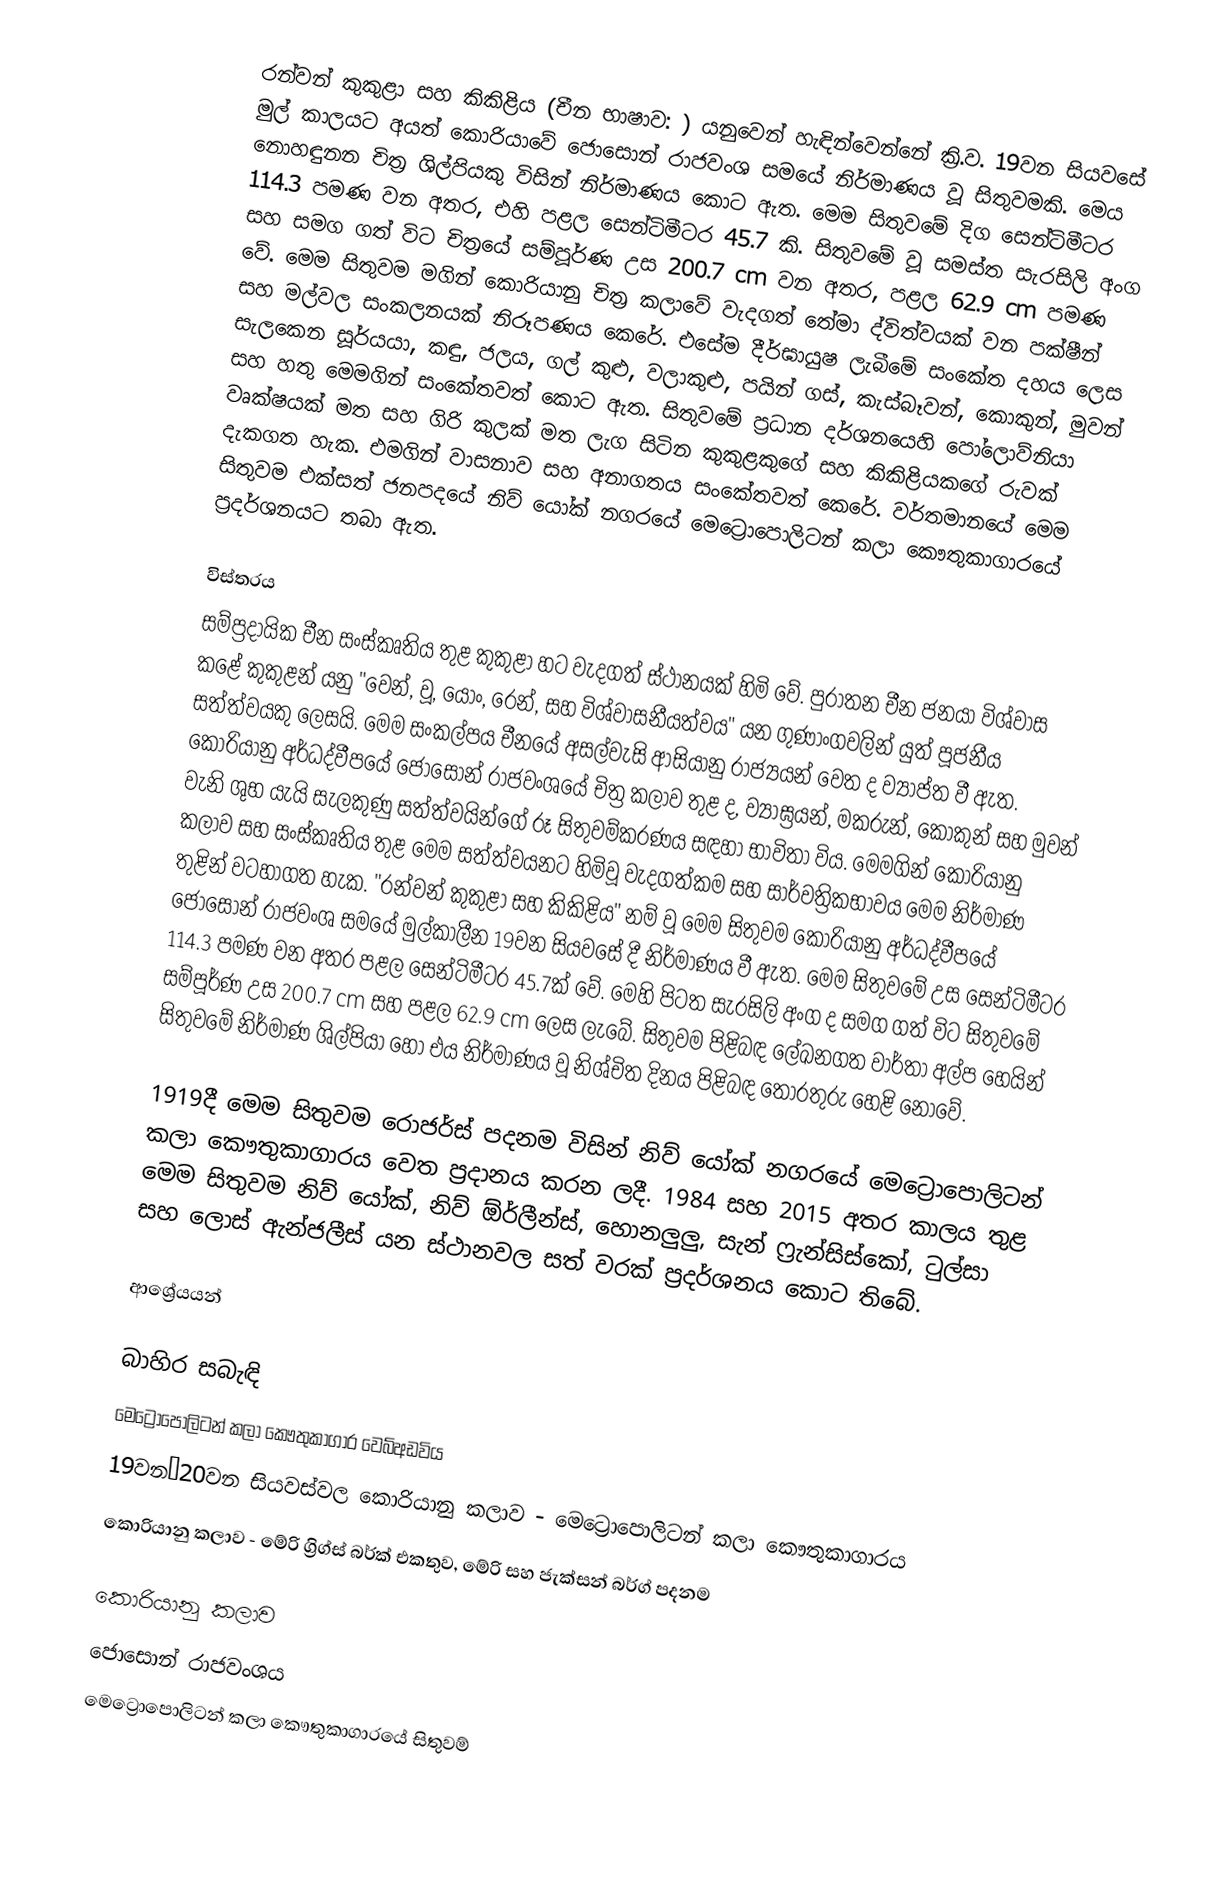
රන්වන් කුකුළා සහ කිකිළිය (චීන භාෂාව: ) යනුවෙන් හැඳින්වෙන්නේ ක්‍රි.ව. 19වන සියවසේ මුල් කාලයට අයත් කොරියාවේ ජොසොන් රාජවංශ සමයේ නිර්මාණය වූ සිතුවමකි. මෙය නොහඳුනන චිත්‍ර ශිල්පියකු විසින් නිර්මාණය කොට ඇත. මෙම සිතුවමේ දිග සෙන්ටිමීටර 114.3 පමණ වන අතර, එහි පළල සෙන්ටිමීටර 45.7 කි. සිතුවමේ වූ සමස්ත සැරසිලි අංග සහ සමග ගත් විට චිත්‍රයේ සම්පූර්ණ උස 200.7 cm වන අතර, පළල 62.9 cm පමණ වේ. මෙම සිතුවම මගින් කොරියානු චිත්‍ර කලාවේ වැදගත් තේමා ද්විත්වයක් වන පක්ෂීන් සහ මල්වල සංකලනයක් නිරූපණය කෙරේ. එසේම දීර්ඝායුෂ ලැබීමේ සංකේත දහය ලෙස සැලකෙන සූර්යයා, කඳු, ජලය, ගල් කුළු, වලාකුළු, පයින් ගස්, කැස්බෑවන්, කොකුන්, මුවන් සහ හතු මෙමගින් සංකේතවත් කොට ඇත. සිතුවමේ ප්‍රධාන දර්ශනයෙහි පෝලොව්නියා වෘක්ෂයක් මත සහ ගිරි කුලක් මත ලැග සිටින කුකුළකුගේ සහ කිකිළියකගේ රුවක් දැකගත හැක. එමගින් වාසනාව සහ අනාගතය සංකේතවත් කෙරේ. වර්තමානයේ මෙම සිතුවම එක්සත් ජනපදයේ නිව් යෝක් නගරයේ මෙට්‍රොපොලිටන් කලා කෞතුකාගාරයේ ප්‍රදර්ශනයට තබා ඇත.

විස්තරය
සම්ප්‍රදායික චීන සංස්කෘතිය තුළ කුකුළා හට වැදගත් ස්ථානයක් හිමි වේ. පුරාතන චීන ජනයා විශ්වාස කළේ කුකුළන් යනු "වෙන්, වූ, යොං, රෙන්, සහ විශ්වාසනීයත්වය" යන ගුණාංගවලින් යුත් පූජනීය සත්ත්වයකු ලෙසයි. මෙම සංකල්පය චීනයේ අසල්වැසි ආසියානු රාජ්‍යයන් වෙත ද ව්‍යාප්ත වී ඇත. කොරියානු අර්ධද්වීපයේ ජොසොන් රාජවංශයේ චිත්‍ර කලාව තුළ ද, ව්‍යාඝ්‍රයන්, මකරුන්, කොකුන් සහ මුවන් වැනි ශුභ යැයි සැලකුණු සත්ත්වයින්ගේ රූ සිතුවම්කරණය සඳහා භාවිතා විය. මෙමගින් කොරියානු කලාව සහ සංස්කෘතිය තුළ මෙම සත්ත්වයනට හිමිවූ වැදගත්කම සහ සාර්වත්‍රිකභාවය මෙම නිර්මාණ තුළින් වටහාගත හැක. "රන්වන් කුකුළා සහ කිකිළිය" නම් වූ මෙම සිතුවම කොරියානු අර්ධද්වීපයේ ජොසොන් රාජවංශ සමයේ මුල්කාලීන 19වන සියවසේ දී නිර්මාණය වී ඇත. මෙම සිතුවමේ උස සෙන්ටිමීටර 114.3 පමණ වන අතර පළල සෙන්ටිමීටර 45.7ක් වේ. මෙහි පිටත සැරසිලි අංග ද සමග ගත් විට සිතුවමේ සම්පූර්ණ උස 200.7 cm සහ පළල 62.9 cm ලෙස ලැබේ. සිතුවම පිළිබඳ ලේඛනගත වාර්තා අල්ප හෙයින් සිතුවමේ නිර්මාණ ශිල්පියා හෝ එය නිර්මාණය වූ නිශ්චිත දිනය පිළිබඳ තොරතුරු හෙළි නොවේ.

1919දී මෙම සිතුවම රොජර්ස් පදනම විසින් නිව් යෝක් නගරයේ මෙට්‍රොපොලිටන් කලා කෞතුකාගාරය වෙත ප්‍රදානය කරන ලදී. 1984 සහ 2015 අතර කාලය තුළ මෙම සිතුවම නිව් යෝක්, නිව් ඕර්ලීන්ස්, හොනලුලු, සැන් ‍ෆ්‍රැන්සිස්කෝ, ටුල්සා සහ ලොස් ඇන්ජලීස් යන ස්ථානවල සත් වරක් ප්‍රදර්ශනය කොට තිබේ.

ආශ්‍රේයයන්

බාහිර සබැඳි
 මෙට්‍රොපොලිටන් කලා කෞතුකාගාර වෙබ්අඩවිය
 19වන–20වන සියවස්වල කොරියානු කලාව - මෙට්‍රොපොලිටන් කලා කෞතුකාගාරය
 කොරියානු කලාව - මේරි ග්‍රිග්ස් බර්ක් එකතුව, මේරි සහ ජැක්සන් බර්ග් පදනම

කොරියානු කලාව
ජොසොන් රාජවංශය
මෙට්‍රොපොලිටන් කලා කෞතුකාගාරයේ සිතුවම්